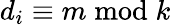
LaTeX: d_{i}\equiv m{\bmod{k}}